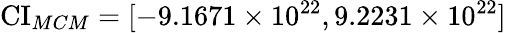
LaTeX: \operatorname{CI}_{MCM}=[-9.1671\times 10^{22},9.2231\times 10^{22}]